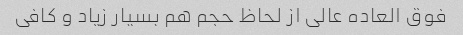
فوق العاده عالی از لحاظ حجم هم بسیار زیاد و کافی